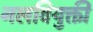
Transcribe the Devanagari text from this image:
नलवियुक्ती